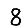
Digit: 8